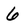
Character: 6